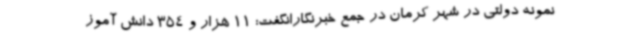
نمونه دولتی در شهر کرمان در جمع خبرنگارانگفت: 11 هزار و 354 دانش آموز